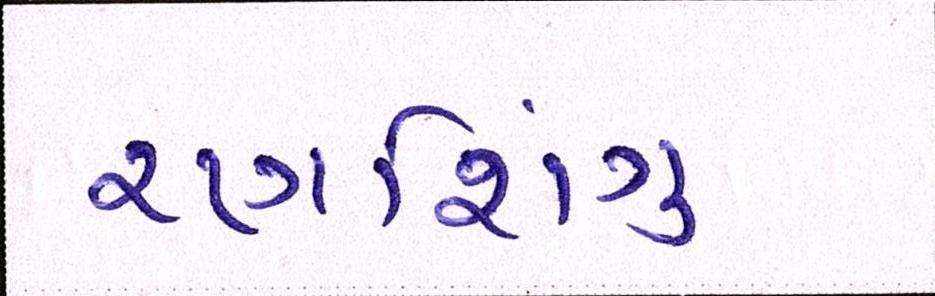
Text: રણશિંગુ